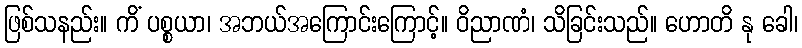
ဖြစ်သနည်း။ ကိံ ပစ္စယာ၊ အဘယ်အကြောင်းကြောင့်။ ဝိညာဏံ၊ သိခြင်းသည်။ ဟောတိ နု ခေါ၊